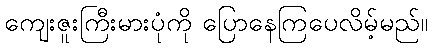
ကျေးဇူးကြီးမားပုံကို ပြောနေကြပေလိမ့်မည်။